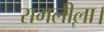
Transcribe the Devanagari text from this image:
रामलीला।